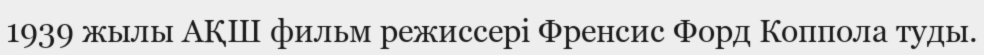
1939 жылы АҚШ фильм режиссері Френсис Форд Коппола туды.